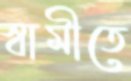
স্বামীতে